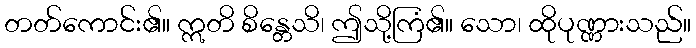
တတ်ကောင်း၏။ ဣတိ စိန္တေသိ၊ ဤသို့ကြံ၏။ သော၊ ထိုပုဏ္ဏားသည်။